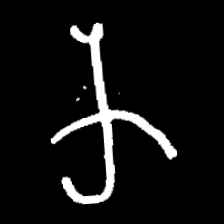
Pyu character \u2014 Myanmar letter: က (romanized: ka)